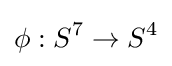
\phi :S^{7}\to S^{4}